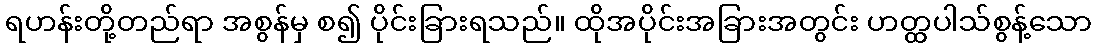
ရဟန်းတို့တည်ရာ အစွန်မှ စ၍ ပိုင်းခြားရသည်။ ထိုအပိုင်းအခြားအတွင်း ဟတ္ထပါသ်စွန့်သော